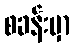
စခန်းမှာ